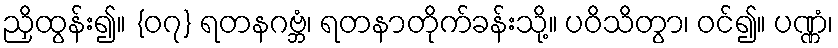
ညှိထွန်း၍။ {၀၇} ရတနဂဗ္ဘံ၊ ရတနာတိုက်ခန်းသို့။ ပဝိသိတွာ၊ ဝင်၍။ ပဏ္ဏံ၊